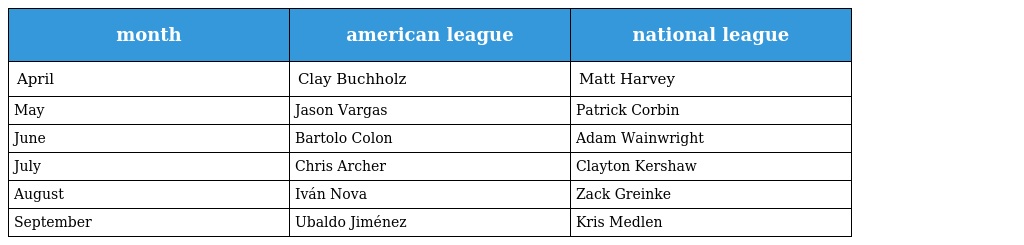
| month | american league | national league |
 | --- | --- | --- |
 | April | Clay Buchholz | Matt Harvey |
 | May | Jason Vargas | Patrick Corbin |
 | June | Bartolo Colon | Adam Wainwright |
 | July | Chris Archer | Clayton Kershaw |
 | August | Iván Nova | Zack Greinke |
 | September | Ubaldo Jiménez | Kris Medlen |